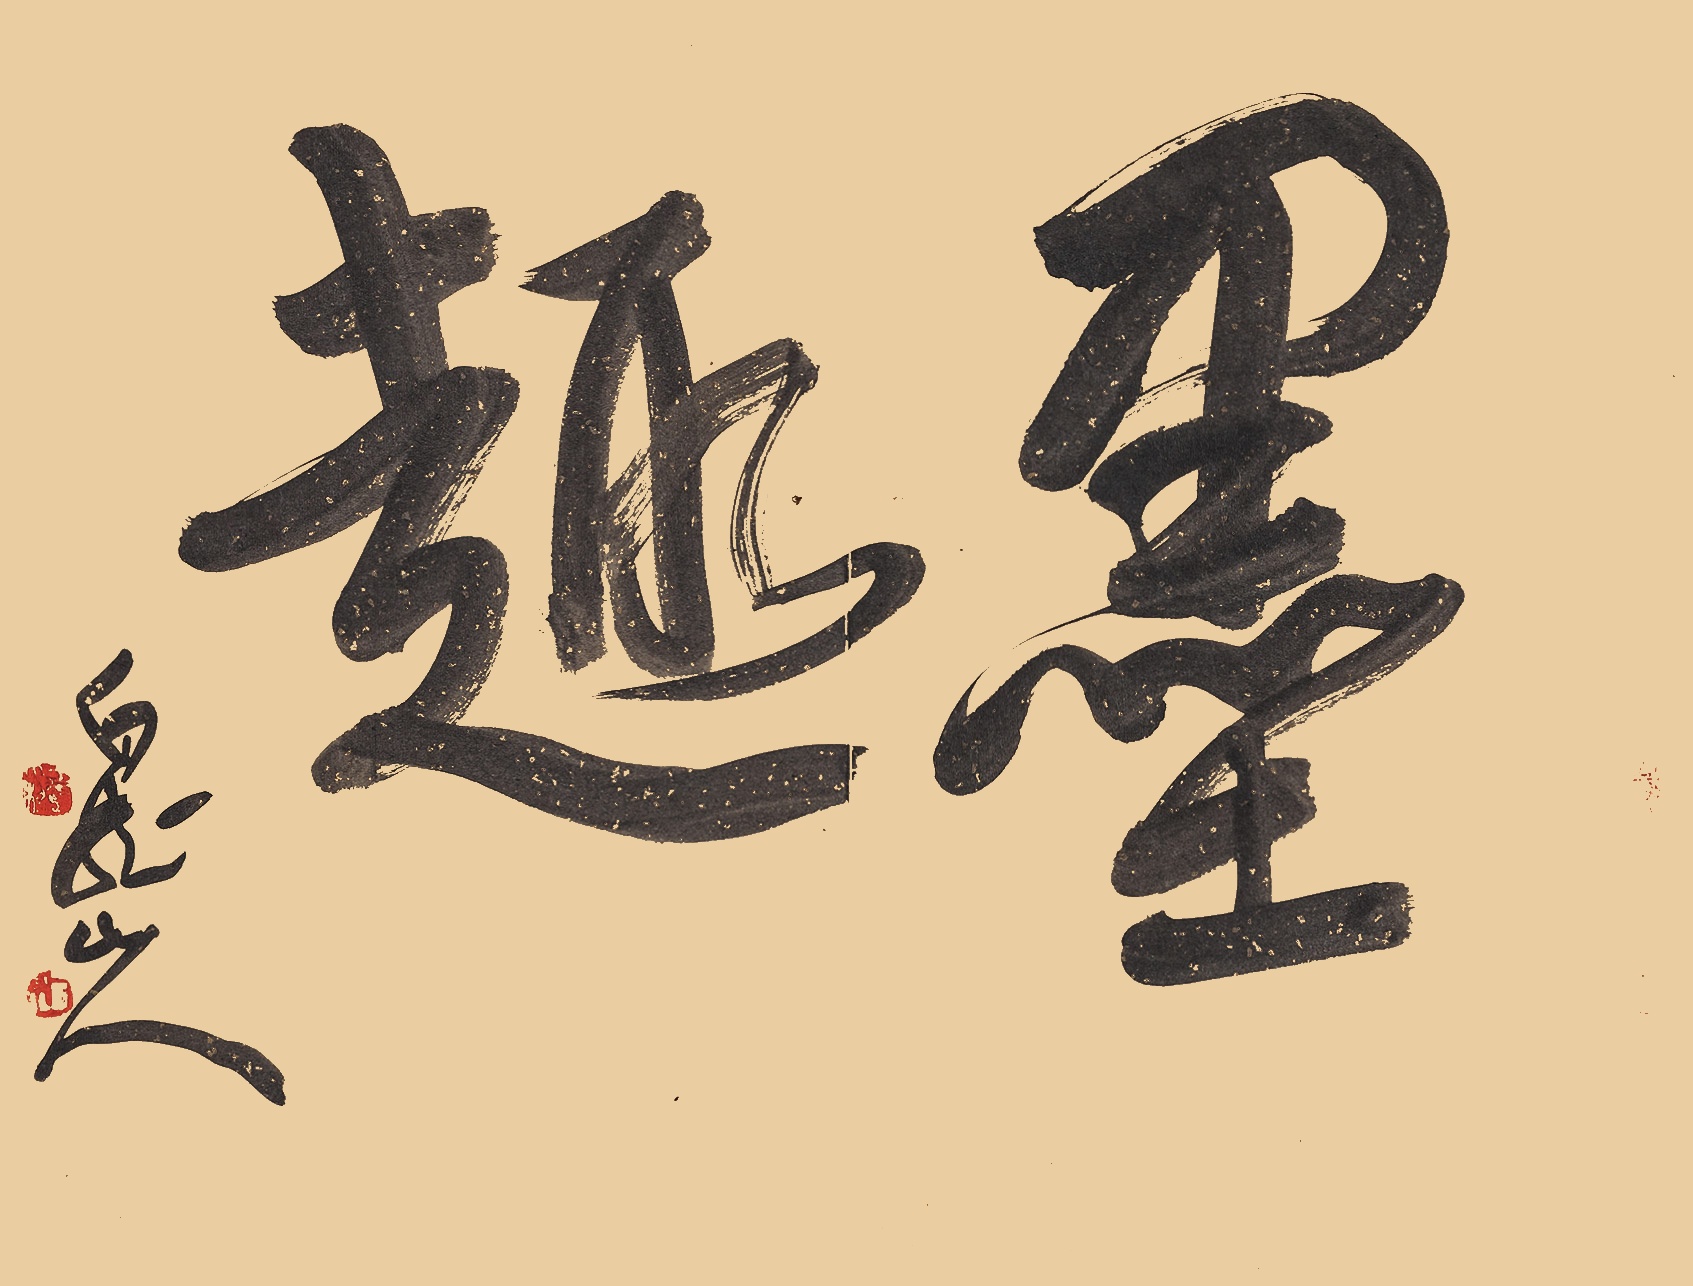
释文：墨趣白龙山人。